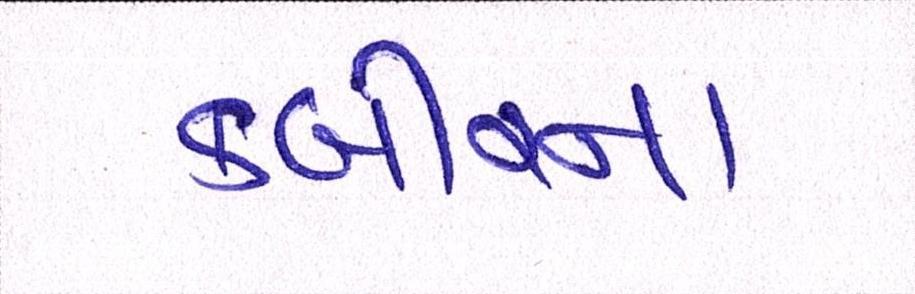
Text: કબીરના